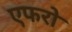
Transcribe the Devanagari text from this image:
एफरो